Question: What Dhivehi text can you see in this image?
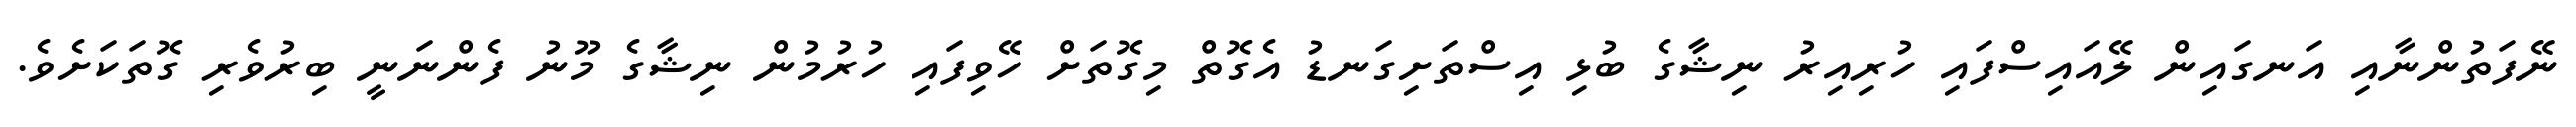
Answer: ނޭފަތުންނާއި އަނގައިން ލޭއައިސްފައި ހުރިއިރު ނިޝާގެ ބުޅި އިސްތަށިގަނޑު އެގޮތް މިގޮތަށް ހޭވިފައި ހުރުމުން ނިޝާގެ މޫނު ފެންނަނީ ބިރުވެރި ގޮތަކަށެވެ.